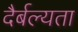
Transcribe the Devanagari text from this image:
दैर्बल्यता